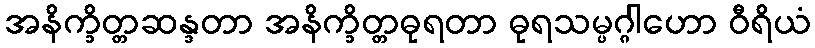
အနိက္ခိတ္တဆန္ဒတာ အနိက္ခိတ္တဓုရတာ ဓုရသမ္ပဂ္ဂါဟော ဝီရိယံ